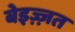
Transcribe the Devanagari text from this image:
बेइज़्ज़त